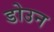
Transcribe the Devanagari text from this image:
डोउन